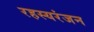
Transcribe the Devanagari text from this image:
रहस्यरंजन